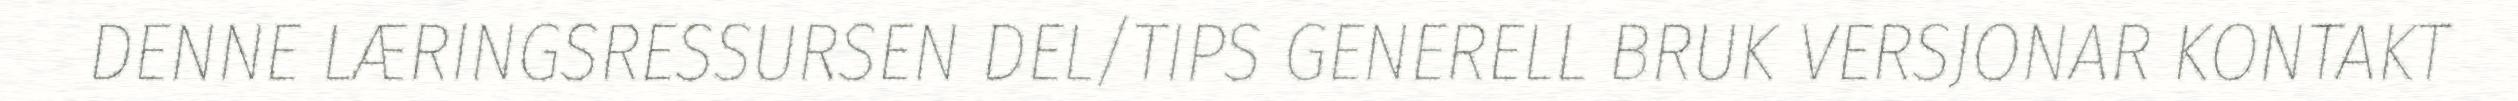
DENNE LÆRINGSRESSURSEN DEL/TIPS GENERELL BRUK VERSJONAR KONTAKT